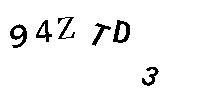
94ZTD3